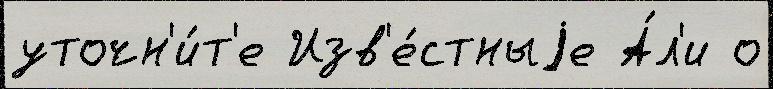
уточн'и́т'е Изв'е́стныjе А́л'и о